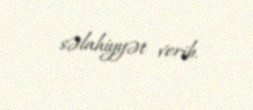
səlahiyyət verib.